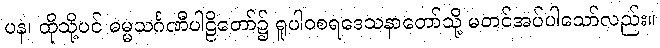
ပန၊ ထိုသို့ပင် ဓမ္မသင်္ဂဏီပါဠိတော်၌ ရူပါဝစရဒေသနာတော်သို့ မတင်အပ်ပါသော်လည်း။